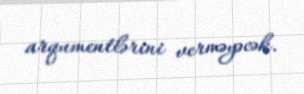
arqumentlərini verməyəcək.